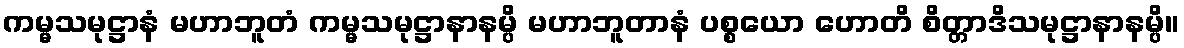
ကမ္မသမုဋ္ဌာနံ မဟာဘူတံ ကမ္မသမုဋ္ဌာနာနမ္ပိ မဟာဘူတာနံ ပစ္စယော ဟောတိ စိတ္တာဒိသမုဋ္ဌာနာနမ္ပိ။